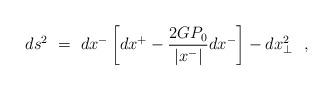
LaTeX: \begin{align*}ds^2~=~dx^-\left[dx^+-\frac{2GP_0}{|x^-|}dx^-\right]-dx_{\perp}^2~~,\end{align*}